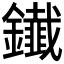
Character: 𨯒